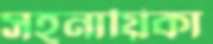
সহনায়িকা